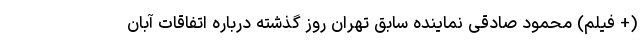
(+ فیلم) محمود صادقی نماینده سابق تهران روز گذشته درباره اتفاقات آبان